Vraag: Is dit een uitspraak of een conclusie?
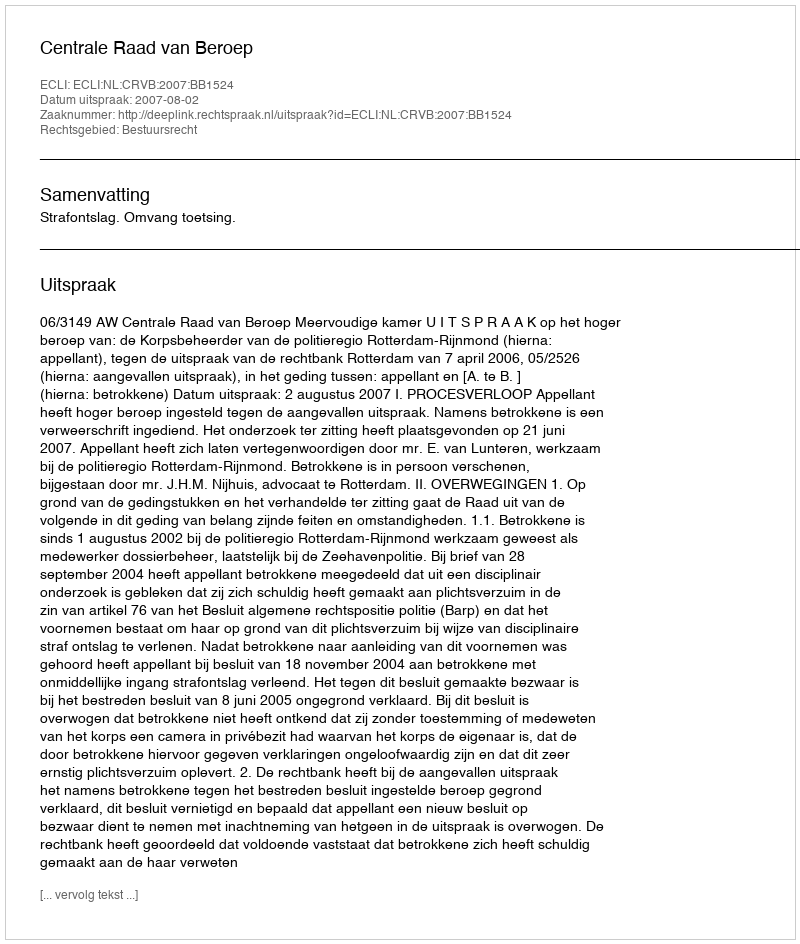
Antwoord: Uitspraak